Senior Leaving Certificate Examination (including Day School Certificate (Higher) General paper), 1946
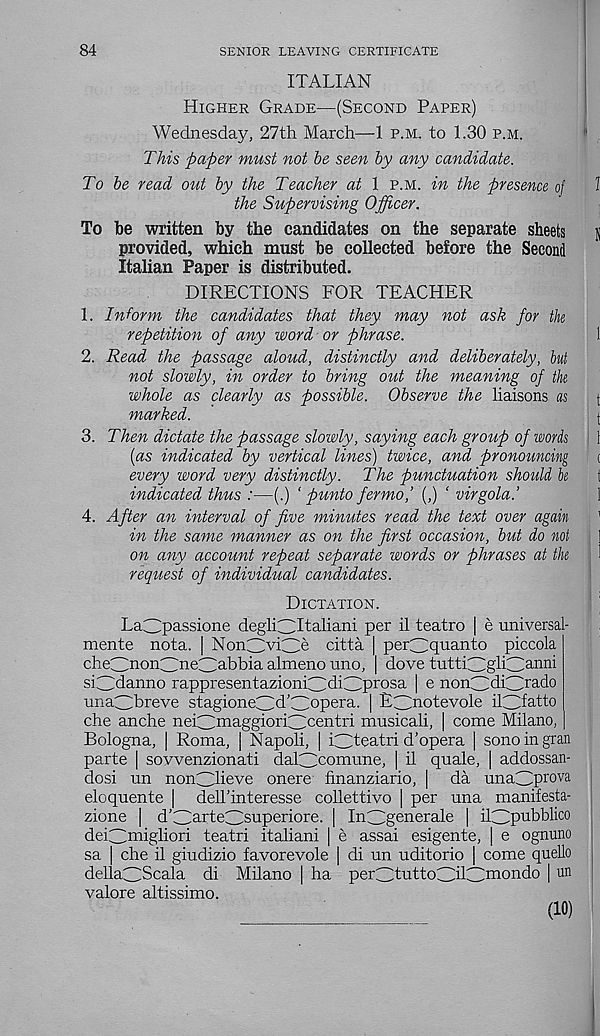
84
SENIOR LEAVING CERTIFICATE
ITALIAN
Higher Grade—(Second Paper)
Wednesday, 27th March—1 p.m. to 1.30 p.m.
This paper must not he seen by any candidate.
To he read out hy the Teacher at 1 p.m. in the presence of
1
the Supervising Officer.
To be written by the candidates on the separate sheets
k
provided, which must be collected before the Second
Italian Paper is distributed.
DIRECTIONS FOR TEACHER
1. Inform the candidates that they may not ask for the
repetition of any word or phrase.
1
2. Read the passage aloud, distinctly and deliberately, hut
not slowly, in order to bring out the meaning of the
whole as clearly as possible. Observe the liaisons as
t
marked.
t
3. Then dictate the passage slowly, saying each group of words
\
(as indicated by vertical lines) twice, and pronouncing
t
every word very distinctly. The punctuation should be
t
indicated thus :—(.) ‘ punto fermo,’ (,) ‘ virgola.’
1
4. After an interval of five minutes read the text over again
’
in the same manner as on the first occasion, but do not
]
on any account repeat separate words or phrases at the
1
request of individual candidates.
Dictation.
LaCpassione degliCJtaliani per il teatro | e universa -
mente nota. | Non3vi3e citta | per^Cquanto piccola
che^nonCCneCiabbia almeno uno, | dove tuttiCIghCAnni
siCCdanno rappresentazioniCMidprosa | e nonCMiCTado
unaCTreve stagioneCM’^opera. | EdMotevole ilCTatto
che anche neiCMiaggioriCCcentri musicali, [ come Milano,
Bologna, | Roma, | Napoli, | i^teatri d'opera | sonoingran
parte | sovvenzionati dalCXomune, | il quale, | addossan-
dosi un nonCEeve onere finanziario, | da unaCCp rova
eloquente | dell’interesse collettivo | per una manifesta-
zione | d’OrteOuperiore. | InCIgenerale | il3pubblico
dei^uiigliori teatri italiani | e assai esigente, | e ognuno
sa | che il giudizio favorevole | di un uditorio | come quello
dellaClScala di Milano | ha per3tutto3ilCC m ondo | un
valore altissimo.
(10)